Source: Handwritten
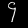
Digit: ၄ (4)